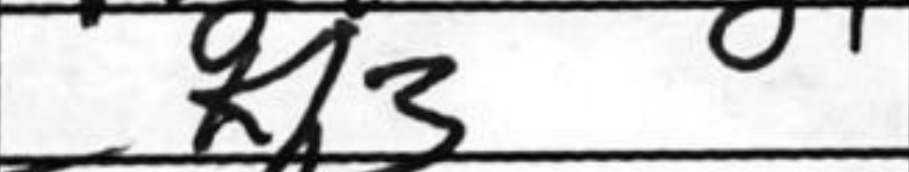
Transcription: Kh3